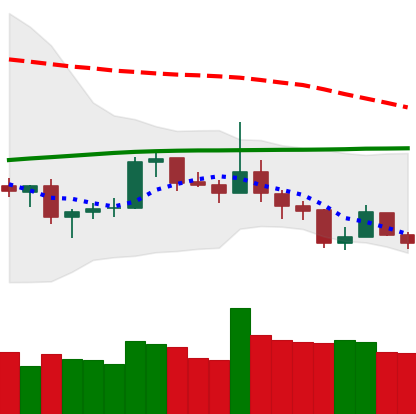
Ticker: LTC-USD
Chart end date: 2019-08-13
Forward return: -9.639%
Label: down_7plus